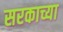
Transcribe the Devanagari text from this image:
सरकाच्या